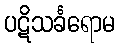
ပဋိသင်္ခရောမ